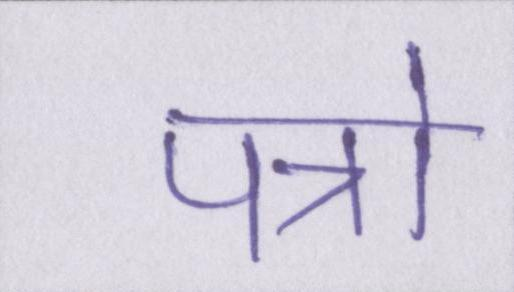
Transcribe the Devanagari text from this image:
पत्रो